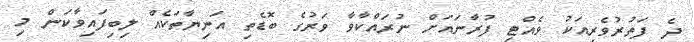
ދެ ފަތުރުވެރިއަކު ވެއްޓި ފުރާނައަށް ނުރައްކާވާ ވަރުގެ ބޮޑެތި އަނިޔާތަކެއް ލިބިފައިވާކަން މި